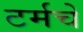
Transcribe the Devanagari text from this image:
टर्मचे